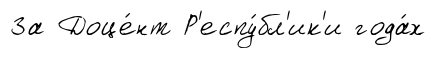
За Доце́нт Р'еспу́бл'ик'и года́х